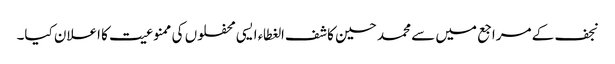
نجف کے مراجع میں سے محمد حسین کاشف‌الغطاء ایسی محفلوں کی ممنوعیت کا اعلان کیا۔